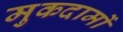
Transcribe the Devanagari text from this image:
मुकदामों